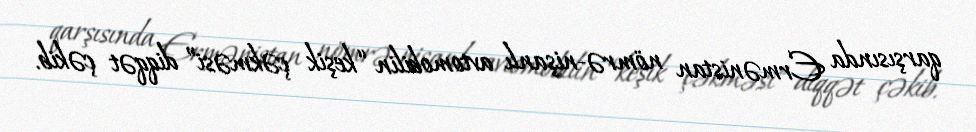
qarşısında Ermənistan nömrə-nişanlı avtomobilin “keşik çəkməsi” diqqət çəkib.